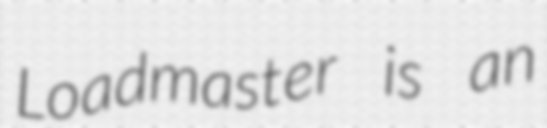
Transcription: Loadmaster is an